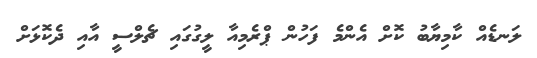
ލަނޑެއް ކާމިޔާބު ކޮށް އެންމެ ފަހުން ޕްރެމިއާ ލީގުގައި ޗެލްސީ އާއި ދެކޮޅަށް